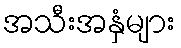
အသီးအနှံများ